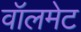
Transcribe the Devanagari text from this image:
वॉलमेट